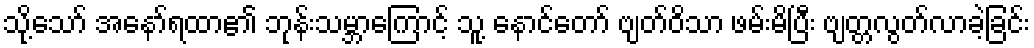
သို့သော် အနော်ရထာ၏ ဘုန်းသမ္ဘာကြောင့် သူ့ နောင်တော် ဗျတ်ဝိသာ ဖမ်းမိပြီး ဗျတ္တလွတ်လာခဲ့ခြင်း